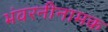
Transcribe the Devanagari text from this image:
भंवरनीनामक